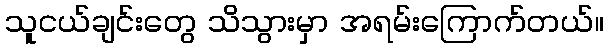
သူငယ်ချင်းတွေ သိသွားမှာ အရမ်းကြောက်တယ်။